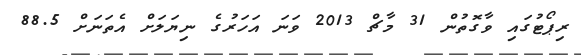
ރިޕޯޓުގައި ވާގޮތުން 31 މާޗް 2013 ވަނަ އަހަރުގެ ނިޔަލަށް އެތަނަށް 88.5